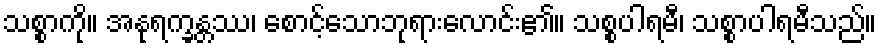
သစ္စာကို။ အနုရက္ခန္တဿ၊ စောင့်သောဘုရားလောင်း၏။ သစ္စပါရမီ၊ သစ္စာပါရမီသည်။